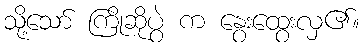
သို့သော် ကြိုဆိုပွဲ က နွေးထွေးလှ၏။